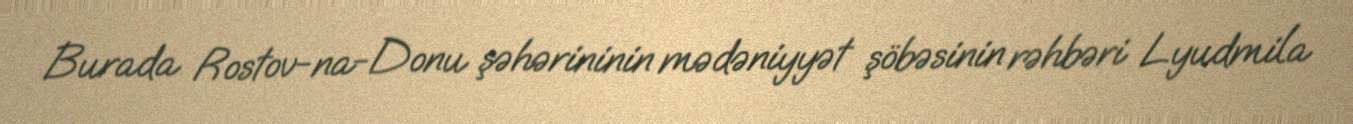
Burada Rostov-na-Donu şəhərininin mədəniyyət şöbəsinin rəhbəri Lyudmila